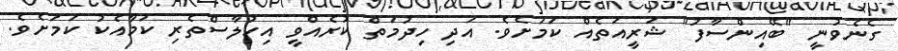
ގެނެވުނީ "ބޭއިންސާފު" ޝަރީއަތެއް ކަމަށެވެ. އަދި ހިދުމަތް ކުރެއްވީ އިހުލާސްތެރި ކަމާއެކު ކަމަށެވެ.